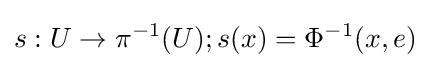
s:U\to \pi ^{-1}(U);s(x)=\Phi ^{-1}(x,e)